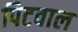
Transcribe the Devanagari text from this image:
पिटवाल